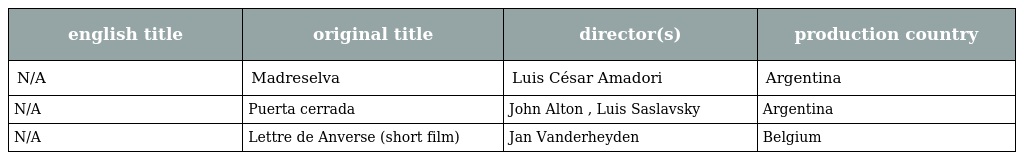
| english title | original title | director(s) | production country |
 | --- | --- | --- | --- |
 | N/A | Madreselva | Luis César Amadori | Argentina |
 | N/A | Puerta cerrada | John Alton , Luis Saslavsky | Argentina |
 | N/A | Lettre de Anverse (short film) | Jan Vanderheyden | Belgium |